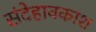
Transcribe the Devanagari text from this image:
संदेहावकाश